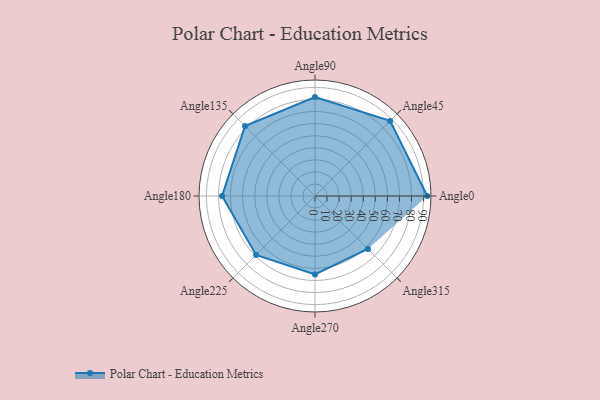
{"axis": {"x": "Angle", "y": "Radius"}, "legend": [""], "data": [{"x": "Angle0", "y": 93.0, "type": ""}, {"x": "Angle45", "y": 88.0, "type": ""}, {"x": "Angle90", "y": 82.0, "type": ""}, {"x": "Angle135", "y": 82.0, "type": ""}, {"x": "Angle180", "y": 77.0, "type": ""}, {"x": "Angle225", "y": 69.0, "type": ""}, {"x": "Angle270", "y": 65.0, "type": ""}, {"x": "Angle315", "y": 62.0, "type": ""}]}